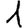
Digit: 1